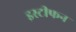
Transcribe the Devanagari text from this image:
इस्टीफन